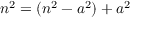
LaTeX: n ^ { 2 } = ( n ^ { 2 } - a ^ { 2 } ) + a ^ { 2 }